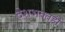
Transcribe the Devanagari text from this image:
देशभक्तही